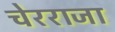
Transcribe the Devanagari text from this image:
चेरराजा